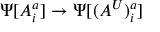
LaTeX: \Psi [ A _ { i } ^ { a } ] \rightarrow \Psi [ ( A ^ { U } ) _ { i } ^ { a } ]